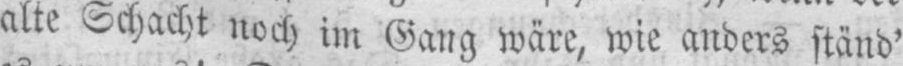
alte Schacht noch im Gang wäre, wie anders ständ’